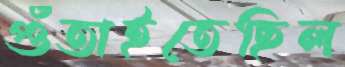
গুঁতাইতেছিল